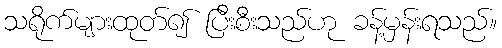
သရိုက်များထုတ်၍ ပြီးစီးသည်ဟု ခန့်မှန်းရသည်။